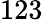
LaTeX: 123